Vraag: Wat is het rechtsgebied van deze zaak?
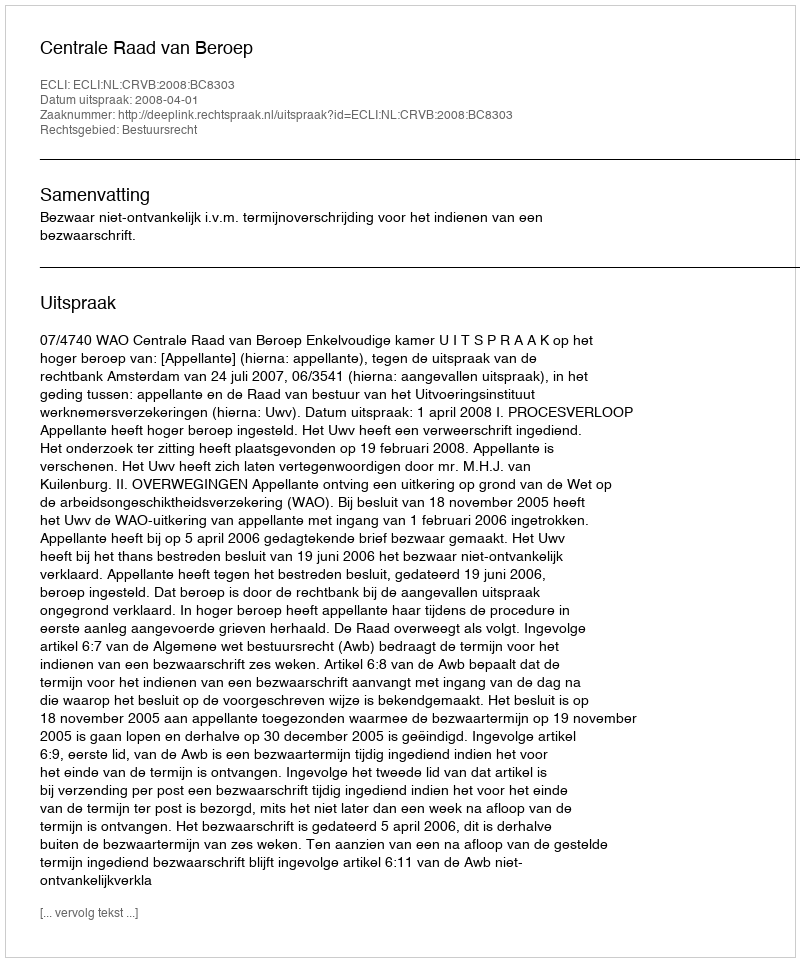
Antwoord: Bestuursrecht